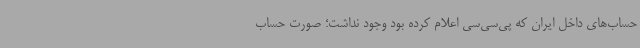
حساب‌های داخل ایران که پی‌سی‌سی اعلام کرده بود وجود نداشت؛ صورت حساب